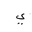
Letter: _ya